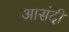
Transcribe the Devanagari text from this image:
आसंदी